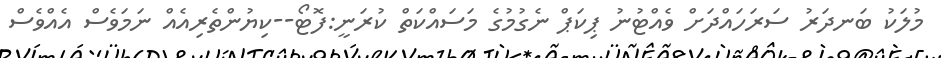
މުލަކު ބަނދަރު ސަރަހައްދަށް ވެއްޓުނު ޕިކަޕް ނެގުމުގެ މަސައްކަތް ކުރަނީ:ފޮޓޯ--ކިޔުންތެރިއެއް ނަމަވެސް އެއްވެސް